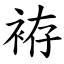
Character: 袸